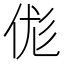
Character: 𠈵